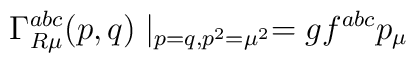
\Gamma _{R\mu }^{abc}(p,q)\mid _{p=q,p^2=\mu ^2}=gf^{abc}p_\mu